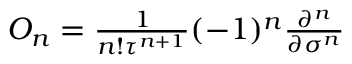
\begin{array} { r } { O _ { n } = \frac { 1 } { n ! \tau ^ { n + 1 } } ( - 1 ) ^ { n } \frac { \partial ^ { n } } { \partial \sigma ^ { n } } } \end{array}